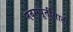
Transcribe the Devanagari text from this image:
नवसपूर्तीसाठी